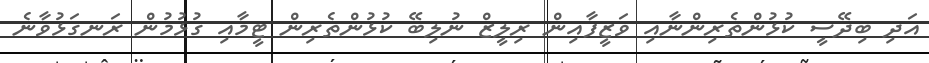
އަދި ބިދޭސީ ކުޅުންތެރިންނާއި ވަޒީފާއިން ރިލީޒް ނުލިބޭ ކުޅުންތެރިން ޓީމާއި ގުޅުމުން ރަނގަޅުވާނެ